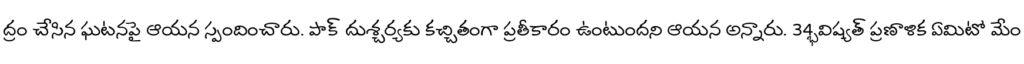
ద్రం చేసిన ఘటనపై ఆయన స్పందించారు. పాక్ దుశ్చర్యకు కచ్చితంగా ప్రతీకారం ఉంటుందని ఆయన అన్నారు. 34్భవిష్యత్ ప్రణాళిక ఏమిటో మేం